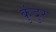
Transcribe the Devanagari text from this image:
कुंदुर